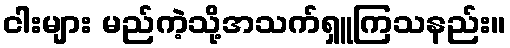
ငါးများ မည်ကဲ့သို့အသက်ရှူကြသနည်း။